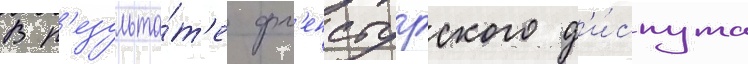
В р'езульта́т'е фл'енсбургского д'и́спута